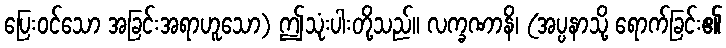
ပြေးဝင်သော အခြင်းအရာဟူသော) ဤသုံးပါးတို့သည်။ လက္ခဏာနိ၊ (အပ္ပနာသို့ ရောက်ခြင်း၏